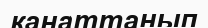
қанаттанып